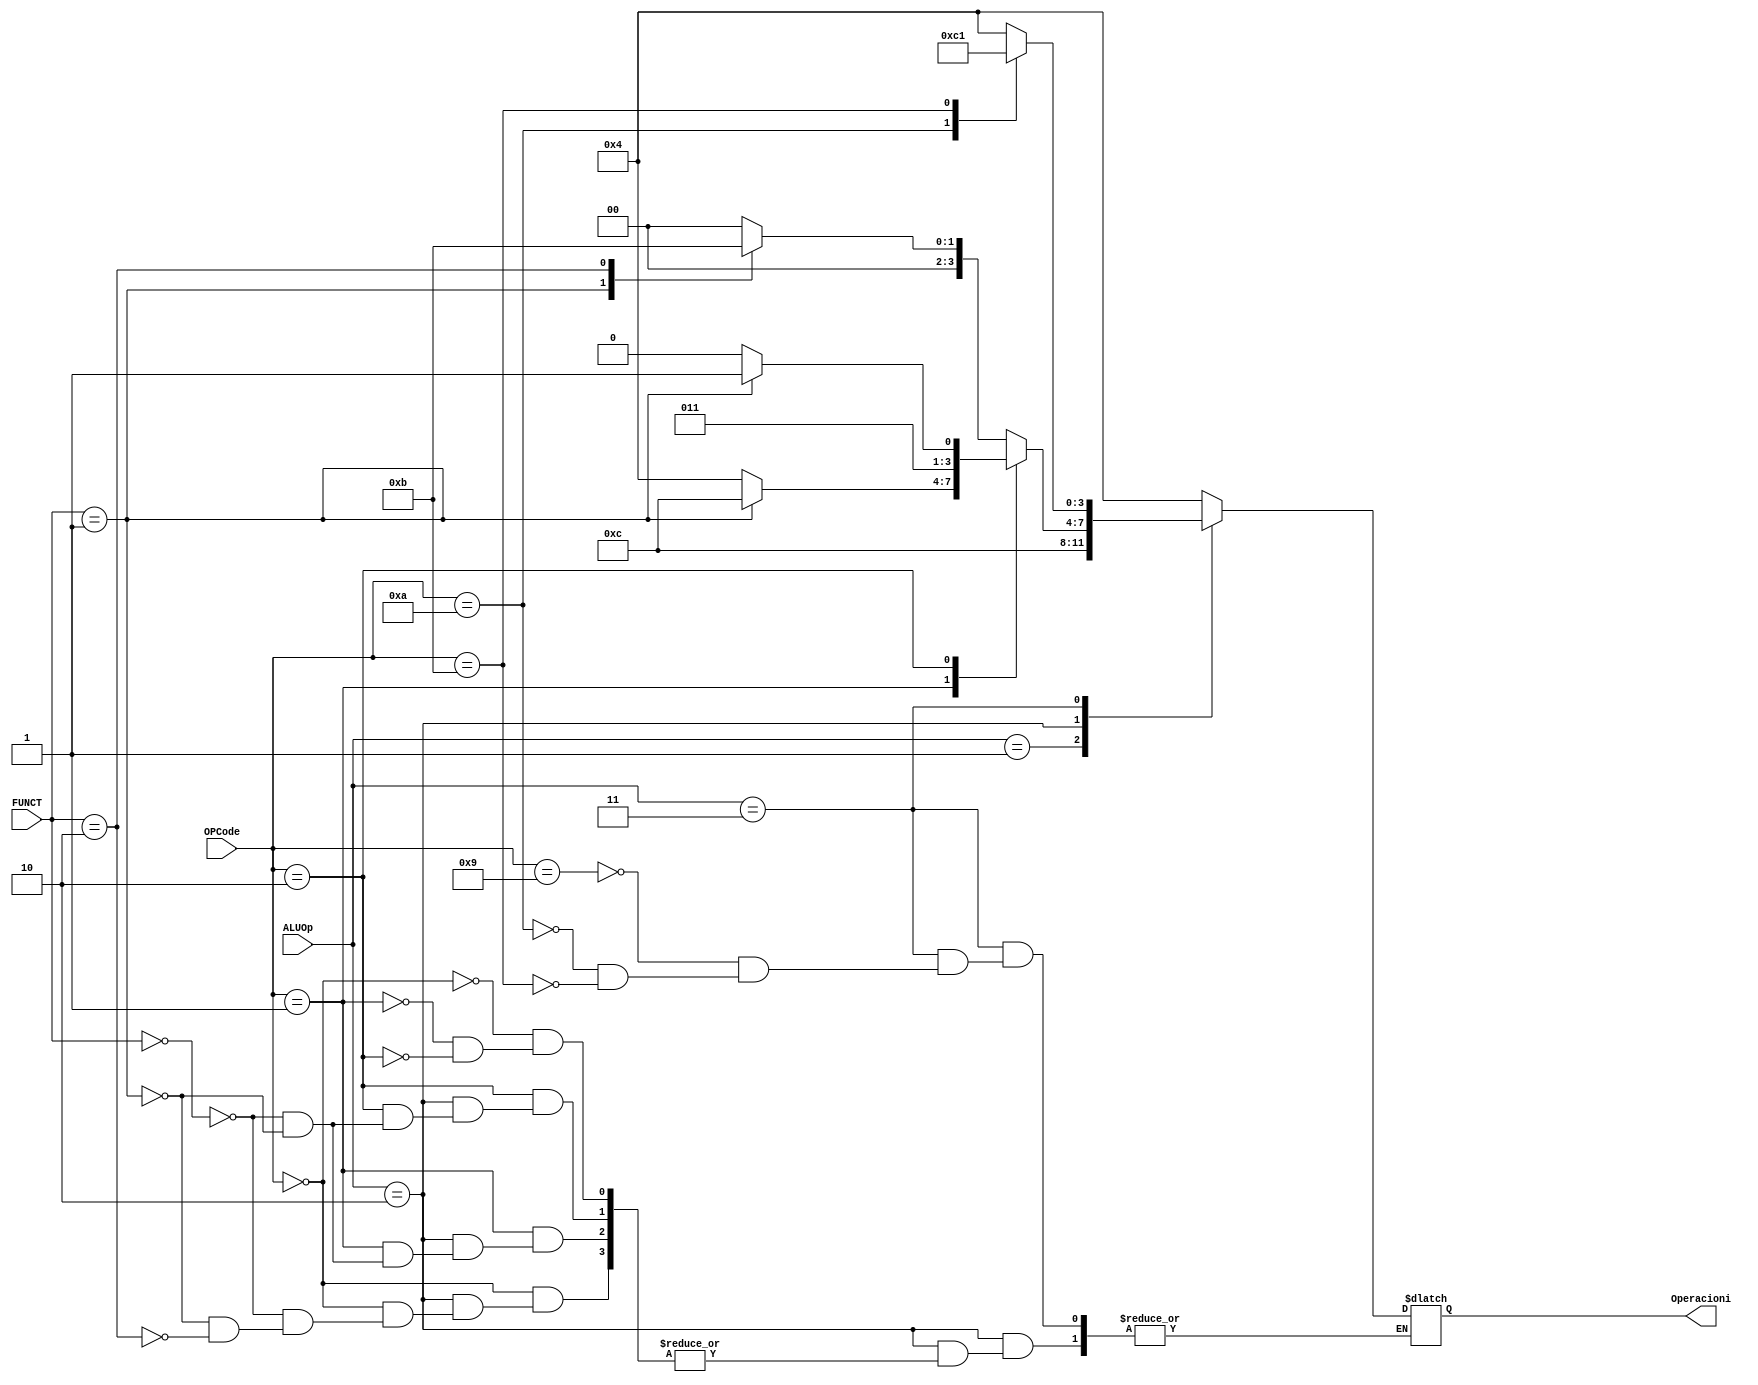
`timescale 1ns / 1ps
//////////////////////////////////////////////////////////////////////////////////
// Company: 
// Engineer: 
// 
// Design Name: 
// Module Name: ALUControl
// Project Name: 
// Target Devices: 
// Tool Versions: 
// Description: 
// 
// Dependencies: 
// 
// Revision:
// Revision 0.01 - File Created
// Additional Comments:
// 
//////////////////////////////////////////////////////////////////////////////////


module ALUControl(
    input [1:0] ALUOp,
    input [1:0] FUNCT,
    input [3:0] OPCode,
    output reg [3:0] Operacioni
    );
    
always @(ALUOp)
begin
case(ALUOp) 
//sw+lw dhe beq+bne ALUOp = 00 dhe 01
    2'b00: Operacioni = 4'b0100; //lwAPOsw behet permes operacionit te mbledhjes
    2'b01: Operacioni = 4'b1100; //beqAPObne behet permes operacioni te zbritjes
//R-format
    2'b10:   
    case(OPCode)
        4'b0000:
            case(FUNCT)
                2'b00: Operacioni = 4'b0000; //AND
                2'b01: Operacioni = 4'b0010; //OR
                2'b10: Operacioni = 4'b0011; //XOR
             endcase 
        4'b0001:
            case(FUNCT)
                2'b00: Operacioni = 4'b0100; //ADD
                2'b01: Operacioni = 4'b1100; //SUB
             endcase
        4'b0010:
            case(FUNCT)
                2'b00: Operacioni = 4'b0110; //SLL
                2'b01: Operacioni = 4'b0111; //SRA
             endcase           
     endcase    
//I-format
     2'b11:   
     case(OPCode)
        4'b1001: Operacioni = 4'b0100; //ADDI
        4'b1010: Operacioni = 4'b1100; //SUBI
        4'b1011: Operacioni = 4'b0001; //SLTI            
     endcase       
endcase
end
endmodule